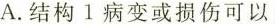
A.结构1病变或损伤可以